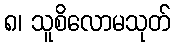
၈၊ သူစိလောမသုတ်